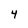
Character: 4